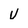
Character: v